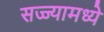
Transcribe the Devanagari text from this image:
सज्ज्यामध्ये